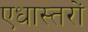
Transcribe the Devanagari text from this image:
एधास्तरों